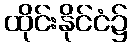
ထိုင်းနိုင်ငံ၌